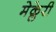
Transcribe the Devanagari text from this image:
मेक्लेरी